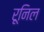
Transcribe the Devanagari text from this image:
रूनिल